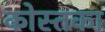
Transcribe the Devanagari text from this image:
कोस्तका